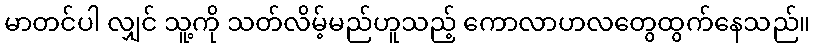
မာတင်ပါ လျှင် သူ့ကို သတ်လိမ့်မည်ဟူသည့် ကောလာဟလတွေထွက်နေသည်။